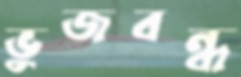
ভুজবন্ধ